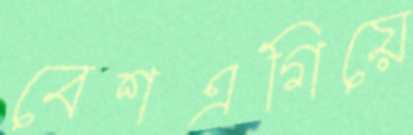
বেশএগিয়ে